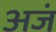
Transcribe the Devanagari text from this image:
अजं